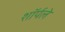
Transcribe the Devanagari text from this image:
शॉर्पले